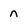
Character: n